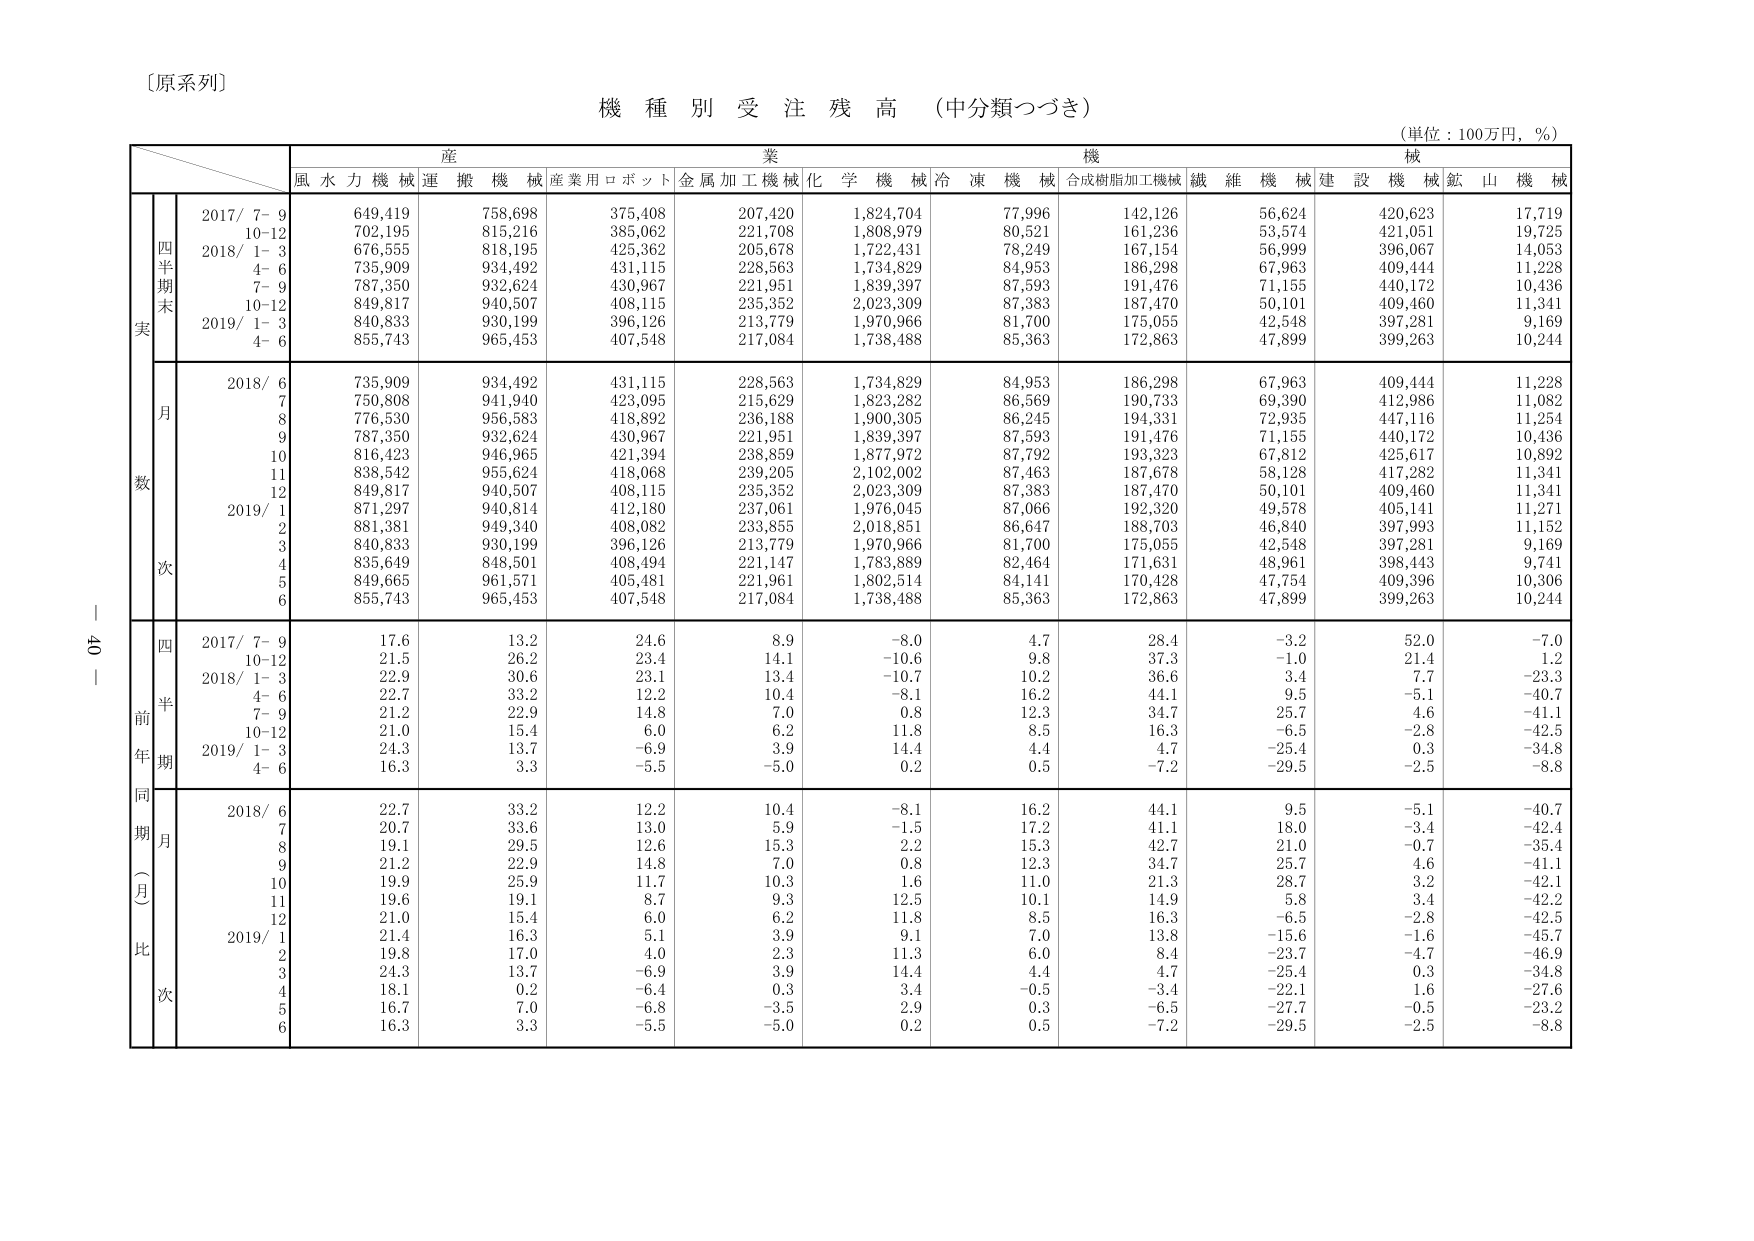
〔原系列〕
機種別受注残高（中分類つづき）
（単位：100万円，％）

産業機械
風水力機械 運搬機械 産業用ロボット 金属加工機械 化学機械 冷凍機械 合成樹脂加工機械 繊維機械 建設機械 鉱山機械

四半期末実
2017/ 7-9 649,419 758,698 375,408 207,420 1,824,704 77,996 142,126 56,624 420,623 17,719
10-12 702,195 815,216 385,062 221,708 1,808,979 80,521 161,236 53,574 421,051 19,725
2018/ 1-3 676,555 818,195 425,362 205,678 1,722,431 78,249 167,154 56,999 396,067 14,053
4-6 735,909 934,492 431,115 228,563 1,734,829 84,953 186,298 67,963 409,444 11,228
7-9 787,350 932,624 430,967 221,951 1,839,397 87,593 191,476 71,155 440,172 10,436
10-12 849,817 940,507 408,115 235,352 2,023,309 87,383 187,470 50,101 409,460 11,341
2019/ 1-3 840,833 930,199 396,126 213,779 1,970,966 81,700 175,055 42,548 397,281 9,169
4-6 855,743 965,453 407,548 217,084 1,738,488 85,363 172,863 47,899 399,263 10,244

月数次
2018/ 6 735,909 934,492 431,115 228,563 1,734,829 84,953 186,298 67,963 409,444 11,228
7 750,808 941,940 423,095 215,629 1,823,282 86,569 190,733 69,390 412,986 11,082
8 776,530 956,583 418,892 236,188 1,900,305 86,245 194,331 72,935 447,116 11,254
9 787,350 932,624 430,967 221,951 1,839,397 87,593 191,476 71,155 440,172 10,436
10 816,423 946,965 421,394 238,859 1,877,972 87,792 193,323 67,812 425,617 10,892
11 838,542 955,624 418,068 239,205 2,102,002 87,463 187,678 58,128 417,282 11,341
12 849,817 940,507 408,115 235,352 2,023,309 87,383 187,470 50,101 409,460 11,341
2019/ 1 871,297 940,814 412,180 237,061 1,976,045 87,066 192,320 49,578 405,141 11,271
2 881,381 949,340 408,082 233,855 2,018,851 86,647 188,703 46,840 397,993 11,152
3 840,833 930,199 396,126 213,779 1,970,966 81,700 175,055 42,548 397,281 9,169
4 835,649 848,501 408,494 221,147 1,783,889 82,464 171,631 48,961 398,443 9,741
5 849,665 961,571 405,481 221,961 1,802,514 84,141 170,428 47,754 409,396 10,306
6 855,743 965,453 407,548 217,084 1,738,488 85,363 172,863 47,899 399,263 10,244

前年同期（月）比
四半期
2017/ 7-9 17.6 13.2 24.6 8.9 -8.0 4.7 28.4 -3.2 52.0 -7.0
10-12 21.5 26.2 23.4 14.1 -10.6 9.8 37.3 -1.0 21.4 1.2
2018/ 1-3 22.9 30.6 23.1 13.4 -10.7 10.2 36.6 3.4 7.7 -23.3
4-6 22.7 33.2 12.2 10.4 -8.1 16.2 44.1 9.5 -5.1 -40.7
7-9 21.2 22.9 14.8 7.0 0.8 12.3 34.7 25.7 4.6 -41.1
10-12 21.0 15.4 6.0 6.2 11.8 8.5 16.3 -6.5 -2.8 -42.5
2019/ 1-3 24.3 13.7 -6.9 3.9 14.4 4.4 4.7 -25.4 0.3 -34.8
4-6 16.3 3.3 -5.5 -5.0 0.2 0.5 -7.2 -29.5 -2.5 -8.8

同期月比
2018/ 6 22.7 33.2 12.2 10.4 -8.1 16.2 44.1 9.5 -5.1 -40.7
7 20.7 33.6 13.0 5.9 -1.5 17.2 41.1 18.0 -3.4 -42.4
8 19.1 29.5 12.6 15.3 2.2 15.3 42.7 21.0 -0.7 -35.4
9 21.2 22.9 14.8 7.0 0.8 12.3 34.7 25.7 4.6 -41.1
10 19.9 25.9 11.7 10.3 1.6 11.0 21.3 28.7 3.2 -42.1
11 19.6 19.1 8.7 9.3 12.5 10.1 14.9 5.8 3.4 -42.2
12 21.0 15.4 6.0 6.2 11.8 8.5 16.3 -6.5 -2.8 -42.5
2019/ 1 21.4 16.3 5.1 3.9 9.1 7.0 13.8 -15.6 -1.6 -45.7
2 19.8 17.0 4.0 2.3 11.3 6.0 8.4 -23.7 -4.7 -46.9
3 24.3 13.7 -6.9 3.9 14.4 4.4 4.7 -25.4 0.3 -34.8
4 18.1 0.2 -6.4 0.3 3.4 -0.5 -3.4 -22.1 1.6 -27.6
5 16.7 7.0 -6.8 -3.5 2.9 0.3 -6.5 -27.7 -0.5 -23.2
6 16.3 3.3 -5.5 -5.0 0.2 0.5 -7.2 -29.5 -2.5 -8.8

40